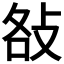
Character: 𢼛